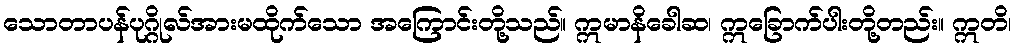
သောတာပန်ပုဂ္ဂိုလ်အားမထိုက်သော အကြောင်းတို့သည်။ ဣမာနိခေါဆ၊ ဣခြောက်ပါးတို့တည်း။ ဣတိ၊